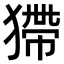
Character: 𤠹